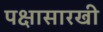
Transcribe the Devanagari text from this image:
पक्षासारखी